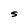
Character: S